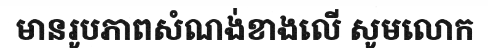
មានរូបភាពសំណង់ខាងលើ សូមលោក